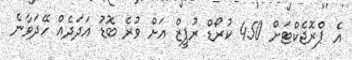
އެ ޕްރޮޖެކްޓަށް 450 ކުރޯޑް ރުޕީޒް އަށް ވުރެ ބޮޑު އަދަދެއް ހޭދަވާނެ